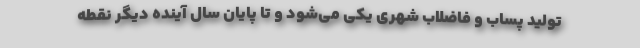
تولید پساب و فاضلاب شهری یکی می‌شود و تا پایان سال آینده دیگر نقطه